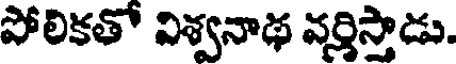
పోలికతో విశ్వనాథ వర్తిస్తాడు.